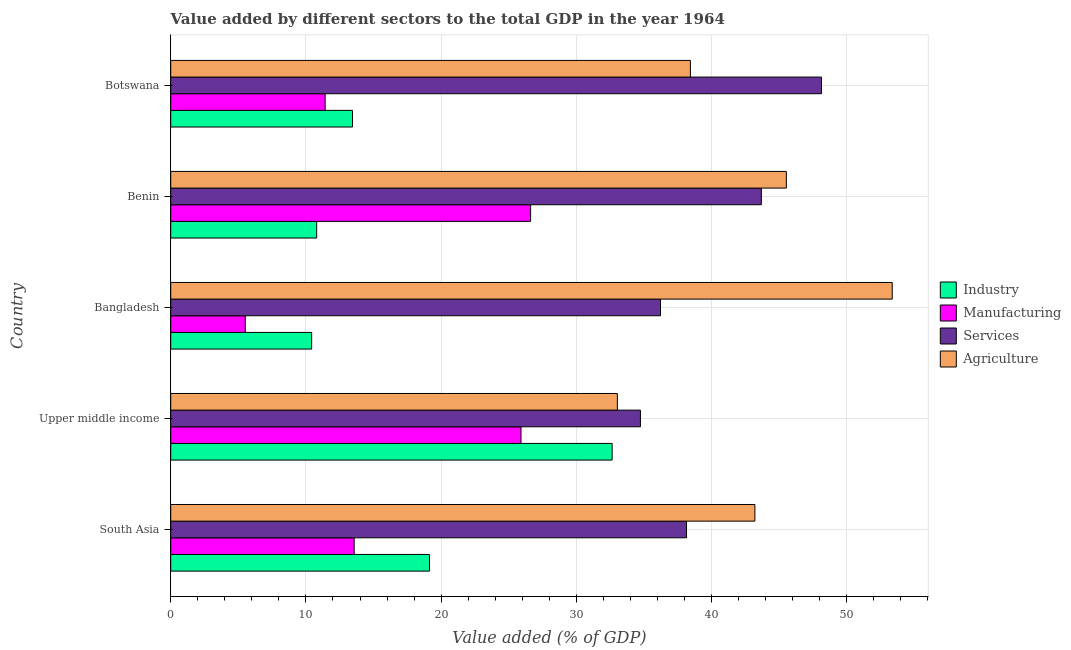
| Country | Industry | Manufacturing | Services | Agriculture |
 | --- | --- | --- | --- | --- |
 | South Asia | 19.1 | 13.6 | 38.1 | 43.2 |
 | Upper middle income | 32.6 | 25.9 | 34.7 | 33 |
 | Bangladesh | 10.4 | 5.51 | 36.2 | 53.4 |
 | Benin | 10.8 | 26.6 | 43.7 | 45.5 |
 | Botswana | 13.4 | 11.4 | 48.1 | 38.4 |